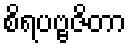
စိရပဗ္ဗဇိတာ